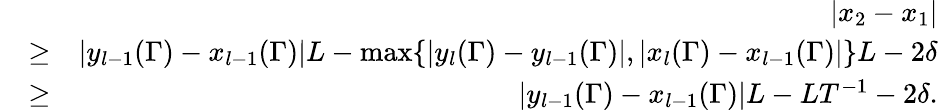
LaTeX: \begin{array}{rlr}&{}&{|x_{2}-x_{1}|}\\ &{\geq}&{|y_{l-1}(\Gamma)-x_{l-1}(\Gamma)|L-\operatorname*{max}\{ |y_{l}(\Gamma)-y_{l-1}(\Gamma)|,|x_{l}(\Gamma)-x_{l-1}(\Gamma)|\} L-2\delta}\\ &{\geq}&{|y_{l-1}(\Gamma)-x_{l-1}(\Gamma)|L-LT^{-1}-2\delta.}\end{array}